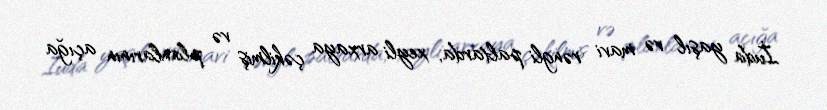
İuda yaşıl və mavi rəngli paltarda, xeyli arxaya çəkilmiş və planlarının açığa